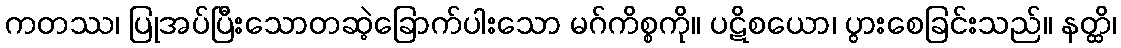
ကတဿ၊ ပြုအပ်ပြီးသောတဆဲ့ခြောက်ပါးသော မဂ်ကိစ္စကို။ ပဋိစယော၊ ပွားစေခြင်းသည်။ နတ္ထိ၊